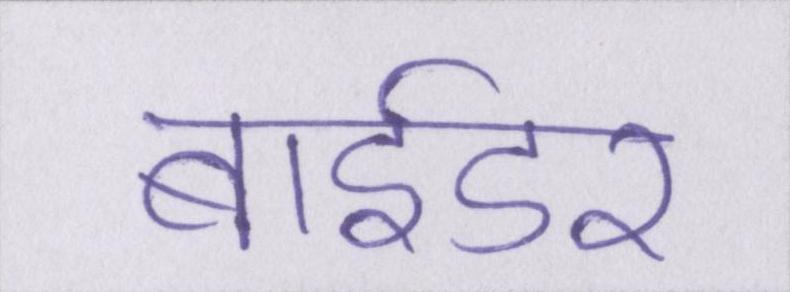
बाईडर